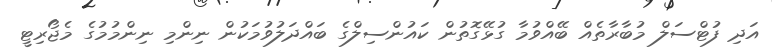
އަދި ފުޓްސަލް މުބާރާތެއް ބޭއްވުމާ ގުޅޭގޮތުން ކައުންސިލްގެ ބައްދަލުވުމަކުން ނިންމި ނިންމުމުގެ މެޖޯރިޓީ